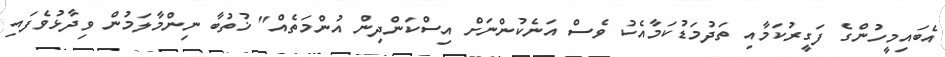
އެބައިމީހުންގެ ފަގީރުކަމާއި ތަދުމަޑުކަމާއެކު ވެސް އަނެކުންނަށް އިސްކަންދިން އުންމަތެއް" ޚުތުބާ ނިންމާލަމުން ވިދާޅުވެފައި